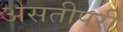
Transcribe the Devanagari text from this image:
असतीपरी